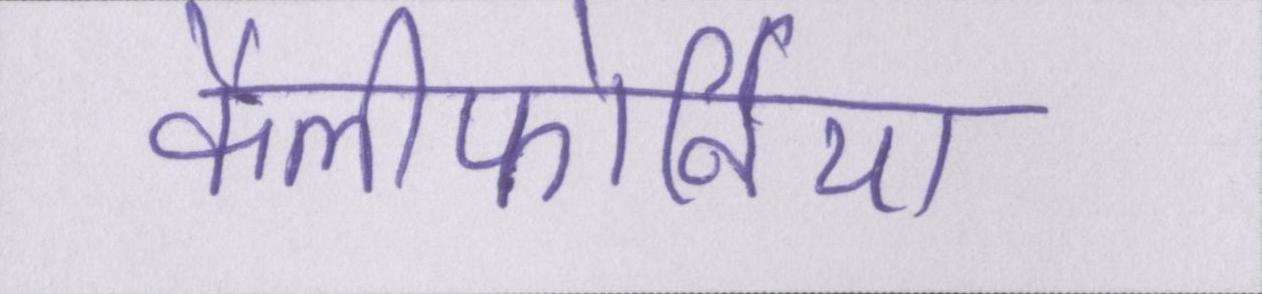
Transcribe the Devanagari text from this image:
कैलीफोर्निया